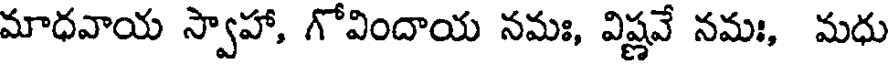
మాధవాయ స్వాహా, గోవిందాయ నమః, విష్ణవే నమః, మధు